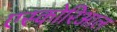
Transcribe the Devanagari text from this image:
एस्कोरिआल